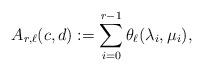
LaTeX: \begin{align*}A_{r,\ell}(c,d):=\sum_{i=0}^{r-1}\theta_{\ell}(\lambda_{i},\mu_i),\end{align*}